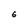
Character: 6